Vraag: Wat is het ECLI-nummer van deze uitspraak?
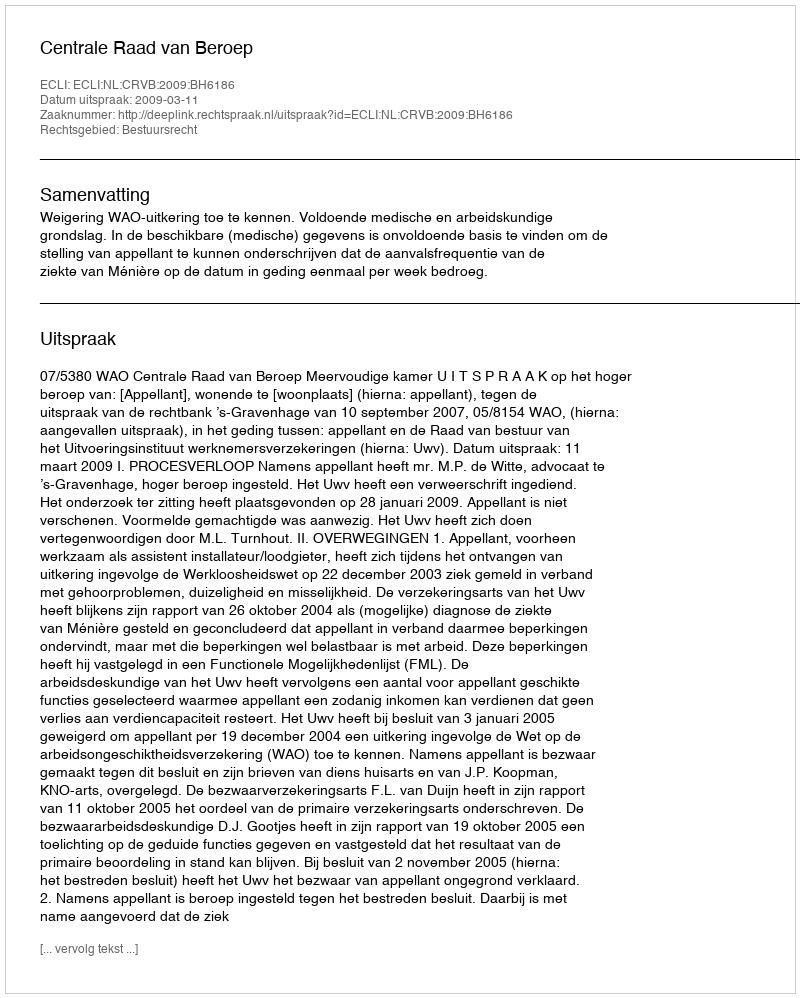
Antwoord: ECLI:NL:CRVB:2009:BH6186